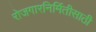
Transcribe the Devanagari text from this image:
रोजगारनिर्मितीसाठी